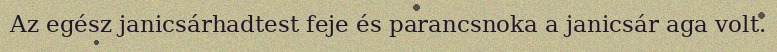
Az egész janicsárhadtest feje és parancsnoka a janicsár aga volt.